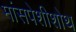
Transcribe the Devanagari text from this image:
मांसपेशीशोथ